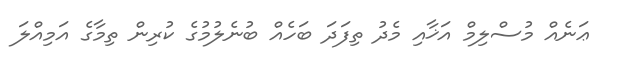
ޢަނެއް މުސްލިމް އަޚާއި މެދު ތިފަދަ ބަހެއް ބުނެލުމުގެ ކުރިން ތިމާގެ އަމިއްލަ